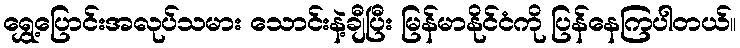
ရွှေ့ပြောင်းအလုပ်သမား သောင်းနဲ့ချီပြီး မြန်မာနိုင်ငံကို ပြန်နေကြပါတယ်။